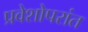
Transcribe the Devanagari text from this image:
प्रवेशोपरांत